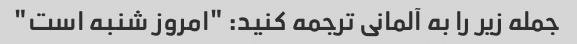
جمله زیر را به آلمانی ترجمه کنید: "امروز شنبه است"